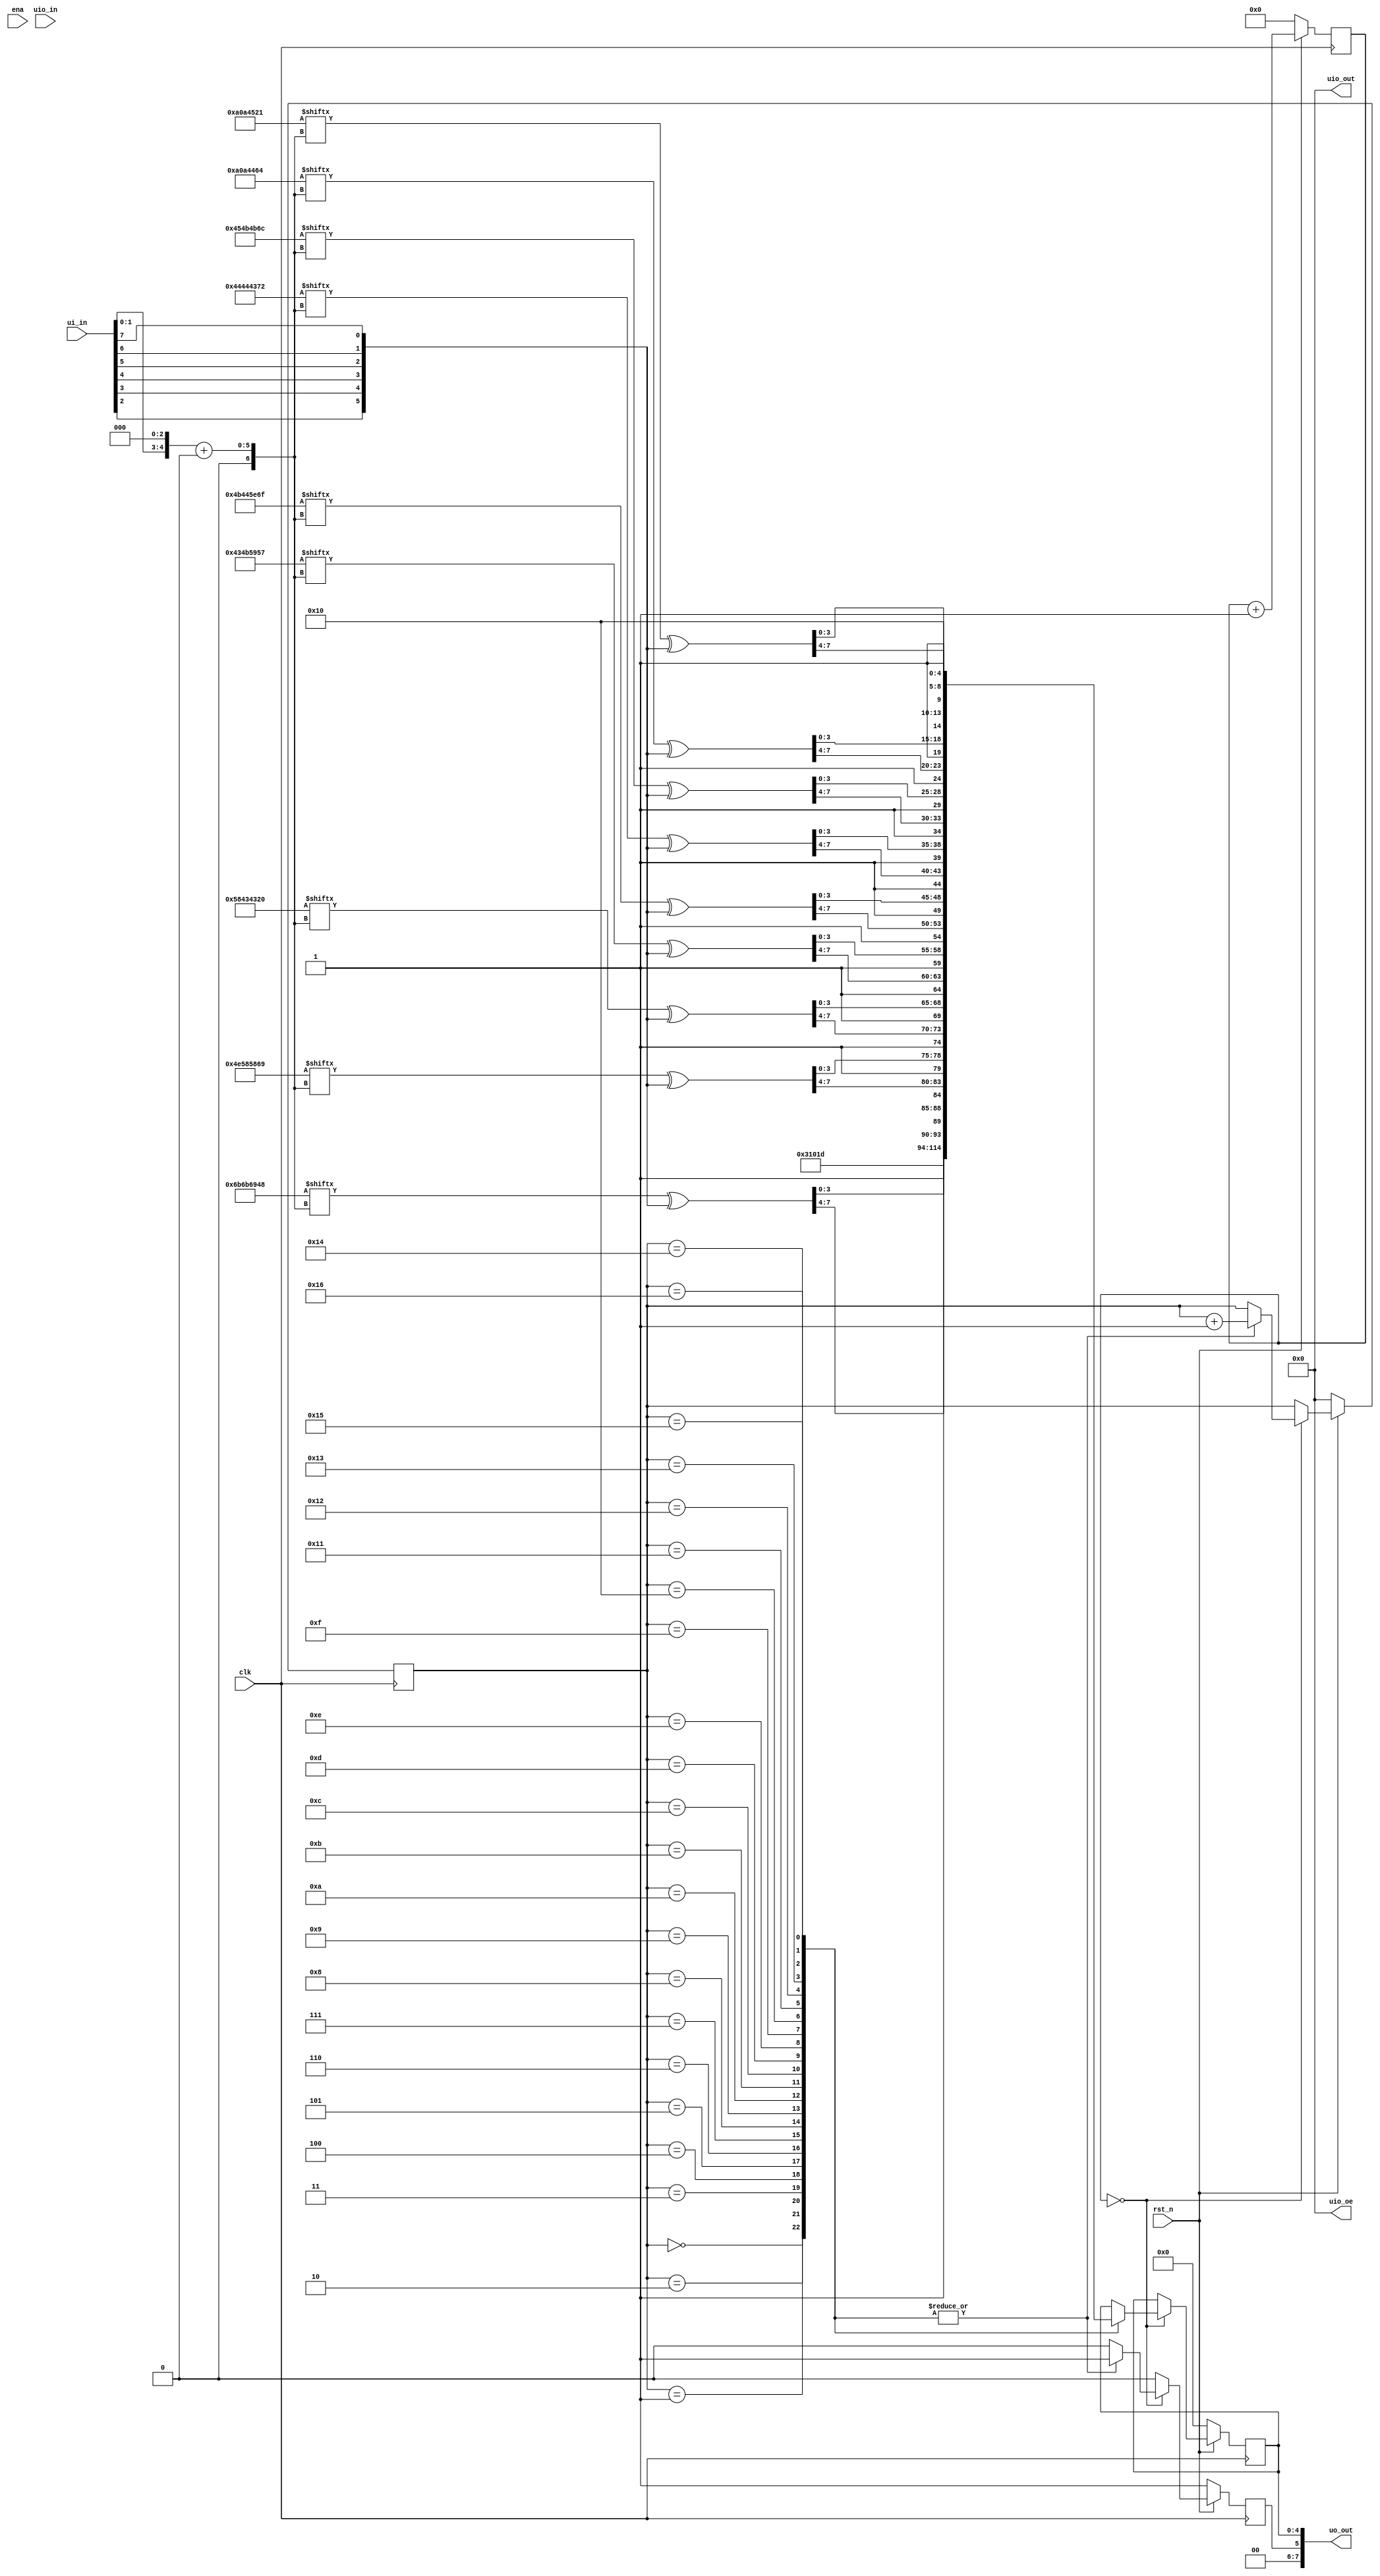
module tt_um_disp1 (
    input  wire [7:0] ui_in,    // Dedicated inputs
    output wire [7:0] uo_out,   // Dedicated outputs
    input  wire [7:0] uio_in,   // IOs: Input path
    output wire [7:0] uio_out,  // IOs: Output path
    output wire [7:0] uio_oe,   // IOs: Enable path (active high: 0=input, 1=output)
    input  wire       ena,      // will go high when the design is enabled
    input  wire       clk,      // clock
    input  wire       rst_n     // reset_n - low to reset
);

  // All output pins must be assigned. If not used, assign to 0.
  assign uo_out  = {2'b00,E,data};  // ui_in + uio_in;  // Example: ou_out is the sum of ui_in and uio_in
  assign uio_out = 0;
  assign uio_oe  = 0;
  reg E;



    //only for TT
    wire in1 = ui_in[0];
    wire in2 = ui_in[1];

    wire ine1 = ui_in[2];
    wire ine2 = ui_in[3];
    wire ine3 = ui_in[4];
    wire ine4 = ui_in[5];
    wire ine5 = ui_in[6];
    wire ine6 = ui_in[7];


wire [7:0] p = {2'b00, ine1, ine2, ine3, ine4, ine5, ine6};

    reg [5:0] counter = 6'h0;
    reg [7:0] seq = 7'h0;
    reg [4:0] data;

 wire[31:0] le0d = 32'b01101011011010110110100101001000;
 wire[31:0] le1d = 32'b01001110010110000101100001101001;
 wire[31:0] le2d = 32'b01011000010000110100001100100000;
 wire[31:0] le3d = 32'b01000011010010110101100101010111;
 wire[31:0] le4d = 32'b01001011010001000101111001101111;
 wire[31:0] le5d = 32'b01000100010001000100001101110010;
 wire[31:0] le6d = 32'b01000101010010110100101101101100;
 wire[31:0] le7d = 32'b00001010000010100100010001100100;
 wire[31:0] le8d = 32'b00001010000010100100010100100001;

 
wire [7:0] le0 = le0d[{in2, in1, 3'b000}+:8] ^ p;
 wire [7:0] le1 = le1d[{in2, in1, 3'b000}+:8] ^ p;
 wire [7:0] le2 = le2d[{in2, in1, 3'b000}+:8] ^ p;
 wire [7:0] le3 = le3d[{in2, in1, 3'b000}+:8] ^ p;
 wire [7:0] le4 = le4d[{in2, in1, 3'b000}+:8] ^ p;
 wire [7:0] le5 = le5d[{in2, in1, 3'b000}+:8] ^ p;
 wire [7:0] le6 = le6d[{in2, in1, 3'b000}+:8] ^ p;
 wire [7:0] le7 = le7d[{in2, in1, 3'b000}+:8] ^ p;
 wire [7:0] le8 = le8d[{in2, in1, 3'b000}+:8] ^ p;

    always @(posedge clk) begin
        if (!rst_n) begin
          //
            counter <= 0;
            seq <= 0;
            data <= 0;
            E <= 1'b1;
        end
        else begin
        counter <= counter + 1'b1;
        if (counter == 6'b0) begin
            E <= 1'b1;
            seq <= seq + 1'b1;
            case(seq)
                8'd0 : data <= 5'b00011;
                8'd1 : data <= 5'b00010;
                8'd2 : data <= 5'b00000;
                8'd3 : data <= 5'b01110;

8'd4 : data <= {1'b1 , le0[7:4]};                 8'd5 : data <= {1'b1 , le0[3:0]}; //5'b10100;
8'd6 : data <= {1'b1 , le1[7:4]};                 8'd7 : data <= {1'b1 , le1[3:0]}; //5'b10100;
8'd8 : data <= {1'b1 , le2[7:4]};                 8'd9 : data <= {1'b1 , le2[3:0]}; //5'b10100;
8'd10 : data <= {1'b1 , le3[7:4]};                 8'd11 : data <= {1'b1 , le3[3:0]}; //5'b10100;
8'd12 : data <= {1'b1 , le4[7:4]};                 8'd13 : data <= {1'b1 , le4[3:0]}; //5'b10100;
8'd14 : data <= {1'b1 , le5[7:4]};                 8'd15 : data <= {1'b1 , le5[3:0]}; //5'b10100;
8'd16 : data <= {1'b1 , le6[7:4]};                 8'd17 : data <= {1'b1 , le6[3:0]}; //5'b10100;
8'd18 : data <= {1'b1 , le7[7:4]};                 8'd19 : data <= {1'b1 , le7[3:0]}; //5'b10100;
8'd20 : data <= {1'b1 , le8[7:4]};                 8'd21 : data <= {1'b1 , le8[3:0]}; //5'b10100;
           
                // Write 1
                //8'd6 : data <= {1'b1 , le2[7:4]}; //
                //8'd7 : data <= {1'b1 , le2[3:0]}; //5'b10100;

                // Some dummy data
                8'd22 : data <= 5'b10000;

                default : begin
                    // don't send any further data
                    E   <= 1'b0;
                    seq <= seq;
                end
            endcase
        end else
        begin
            E <= 1'b0;
        end
        end
    end
endmodule